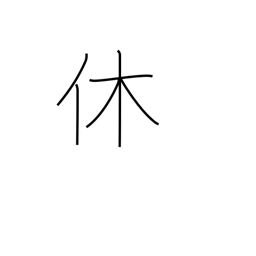
Meaning: retire